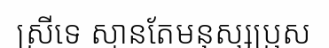
ស្រីទេ ស្មានតែមនុស្សប្រុស